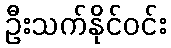
ဦးသက်နိုင်ဝင်း